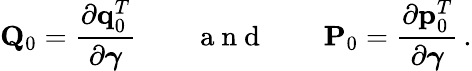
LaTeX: {\mathbf Q}_{0}=\frac{\partial{\mathbf q}_{0}^{T}}{\partial\boldsymbol{\gamma}}\qquad\mathrm{~a~n~d~}\qquad{\mathbf P}_{0}=\frac{\partial{\mathbf p}_{0}^{T}}{\partial\boldsymbol{\gamma}}\, .